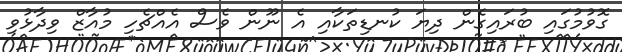
ގޮވުމުގައި ބުރައިގެން ދިޔަ ކުނޑިތަކާއި އެ ނޫން ވެސް އެއްޗެހި މުއާޒް ވިދާޅުވި